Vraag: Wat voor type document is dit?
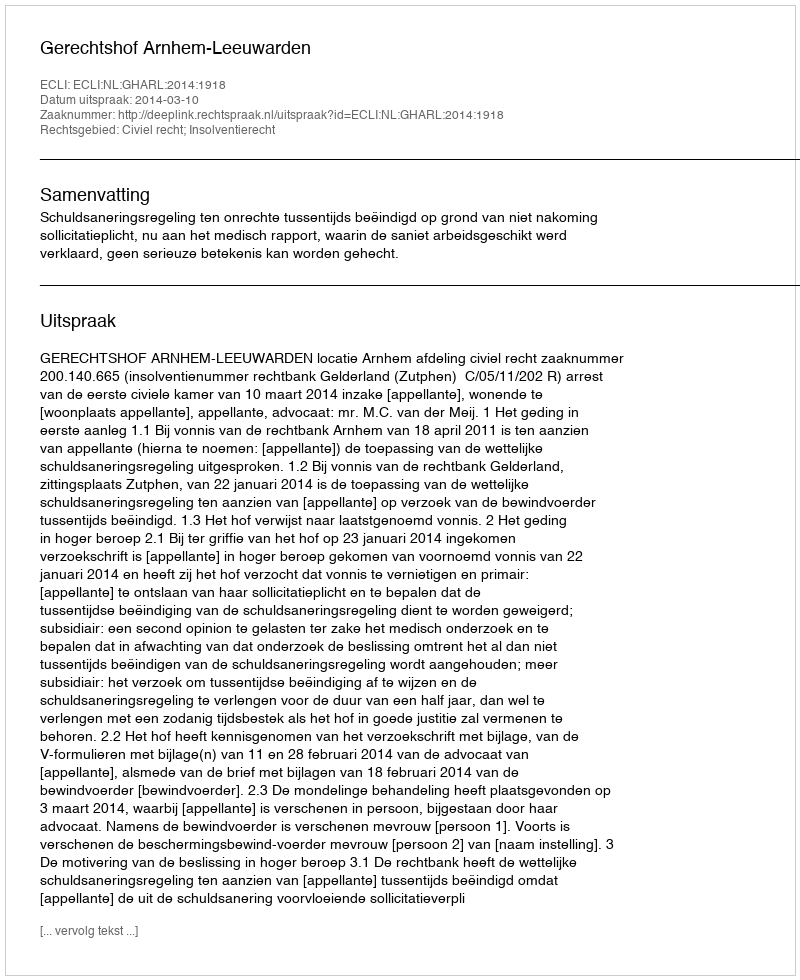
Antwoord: Uitspraak